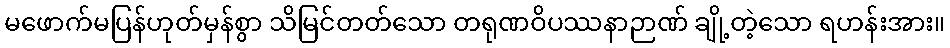
မဖောက်မပြန်ဟုတ်မှန်စွာ သိမြင်တတ်သော တရုဏဝိပဿနာဉာဏ် ချို့တဲ့သော ရဟန်းအား။